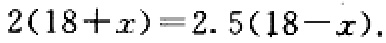
\(2(18 + x)=2.5(18 - x)\)